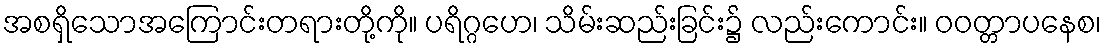
အစရှိသောအကြောင်းတရားတို့ကို။ ပရိဂ္ဂဟေ၊ သိမ်းဆည်းခြင်း၌ လည်းကောင်း။ ဝဝတ္တာပနေစ၊